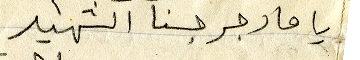
يا مار جرجسنا الشهيد